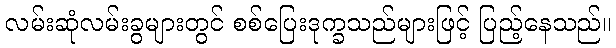
လမ်းဆုံလမ်းခွများတွင် စစ်ပြေးဒုက္ခသည်များဖြင့် ပြည့်နေသည်။